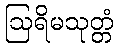
ဩရိမသုတ္တံ